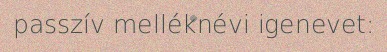
passzív melléknévi igenevet: